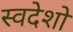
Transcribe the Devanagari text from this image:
स्वदेशो